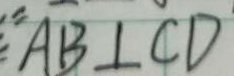
A B \bot C D